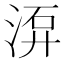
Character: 𣷮